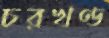
চরখণ্ড